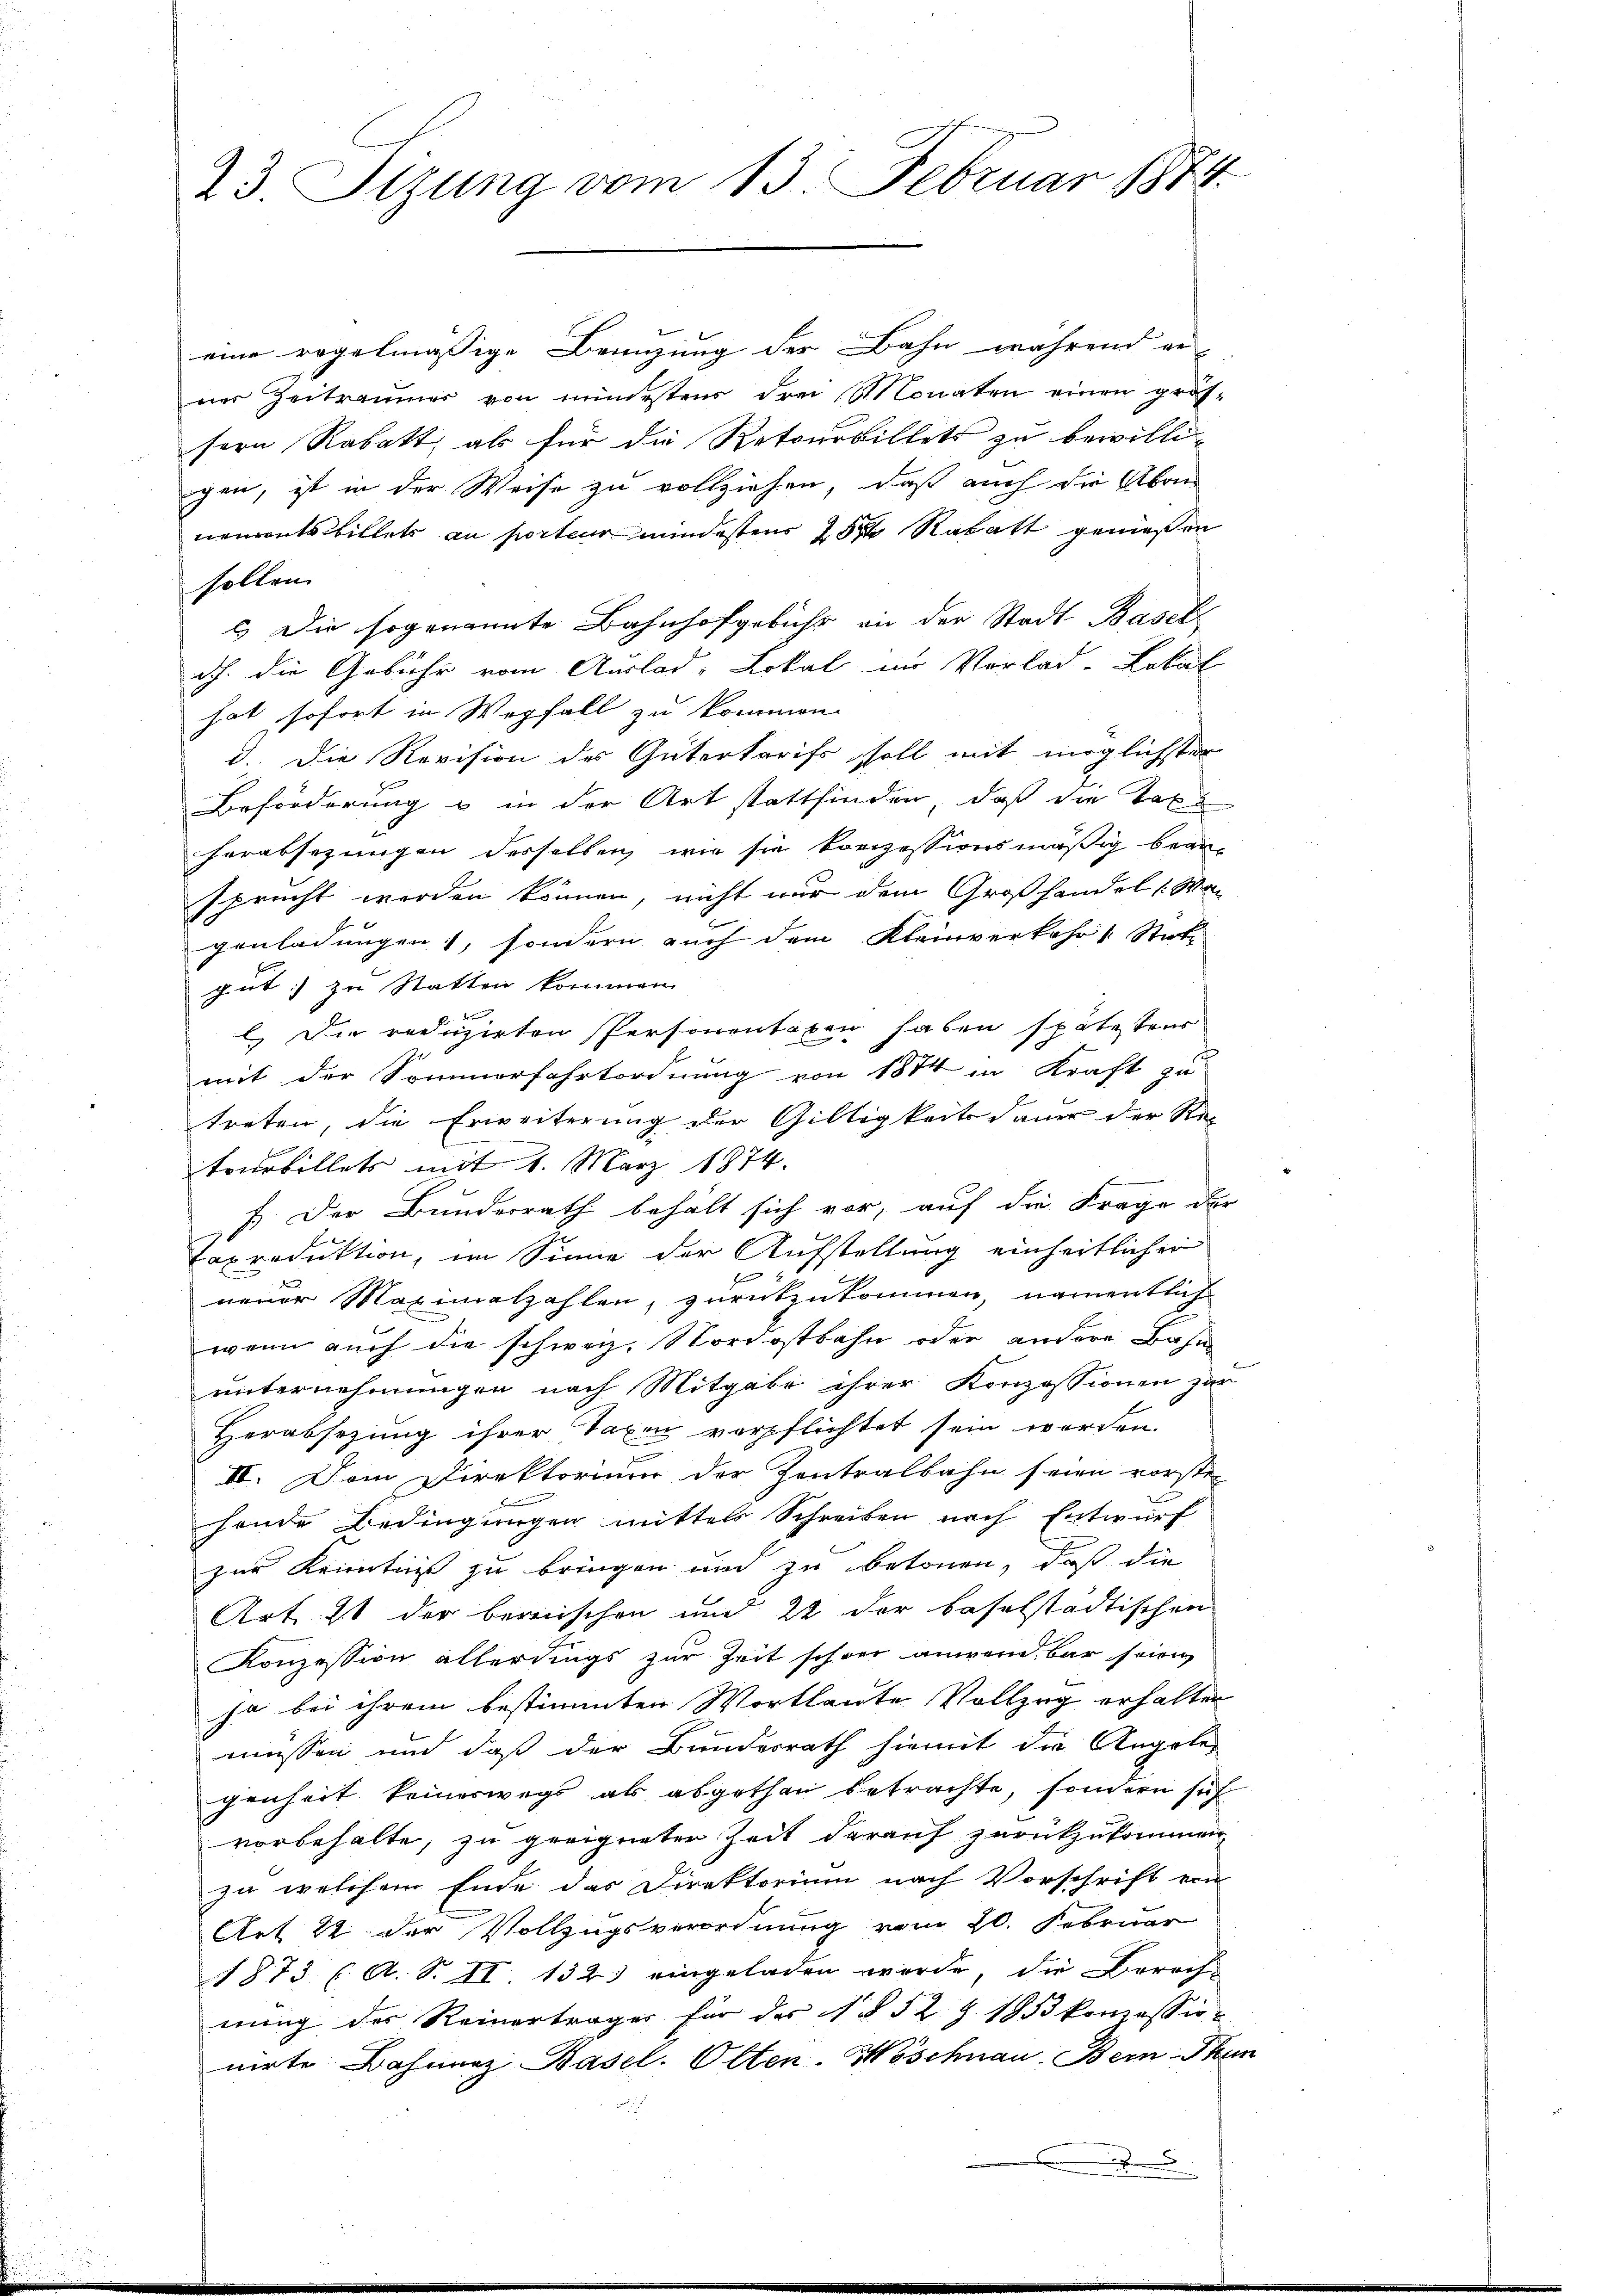
23. Sizung vom 13. Februar 1874.

eine regelmässige Benuzung der Bahn während er-
ner Zeitraumer von mindestens drei Monaten einen gros-
sern Rabatt, als für die Retourbillets zu bewilligen, ist in der Weise zu vollziehen, daß auch die Aben
nementsbillets an porteur mindestens 20 Rabatt genießen
sollen.
l) Die sogenannte Bahnhofgebühr an der Stadt Basel
dch. die Gebühr vom Auslad-Lokal im Vorlad-Lekal
hat sofort in Wegfall zu kommen.
d. Die Revision des Gütertarifs stoll mit möglichster
Beförderung u in der Art stattfinden, daß die Taxe
herabsezungen derselben wie sie konzessionsmäßig bean-
sprucht werden können, nicht nur dem Großhandel /: Man
genladungen, sondern auch dem Kleinverkehr 1 Sticke
gut; zu Statten kommen.

l. Die reduzirten Personentaxen haben späteteur
mit der Sommerfahrtordnung von 1874 in Kraft zu
treten, die Erweiterung der Gültigkeitsdauer der Rec
tourbillets mit 1. März 1874.
f. Der Bunderrath behält sich vor, auf die Frage der
Taxreduktion, im Sinne der Aufstellung einheitlichen
neuer Maximalzahlen, zurückzukommen, namentlich
wenn auch die schweiz. Nordostbahn oder andere Bahnunternehmungen nach Mitgabe ihrer Konzessionen zur
E
Herabsetzung ihrer Taxen verpflichtet sein werden.
.
II. Von Direktorium der Zentralbahn seien vorsten

hende Bedingungen mittels Schreiben nach Entwurf
zur Kenntniß zu bringen und zu betonen, daß die
Art. 21 der bernischen und 22 der baselstädtischen
Konzession allerdings zur Zeit schwer anwein bar seien
ja bei ihrem bestimmten Wortlaute Vollzug erhalten
müssen und daß der Bundesrath hiemit die Angelegenheit keineswegs als abgethan betrachte, sondern sich
vorbehalte, zu geeigneter Zeit darauf zurückzukommen
zu welchem Ende das Direktorium nach Vorschrift ein
Art 22 der Vollzugsverordnung vom 20. Februar
1873 (. A. S. II. 132) eingeladen werde, die Berech-
nung des Reinerträger für der §§ 52 § 1853 konzessio
nirte Bahnenz Basel. Olten-Wöschnau, Bern The